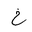
Letter: _kha